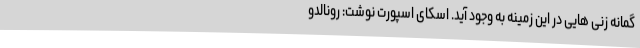
گمانه زنی هایی در این زمینه به وجود آید. اسکای اسپورت نوشت: رونالدو